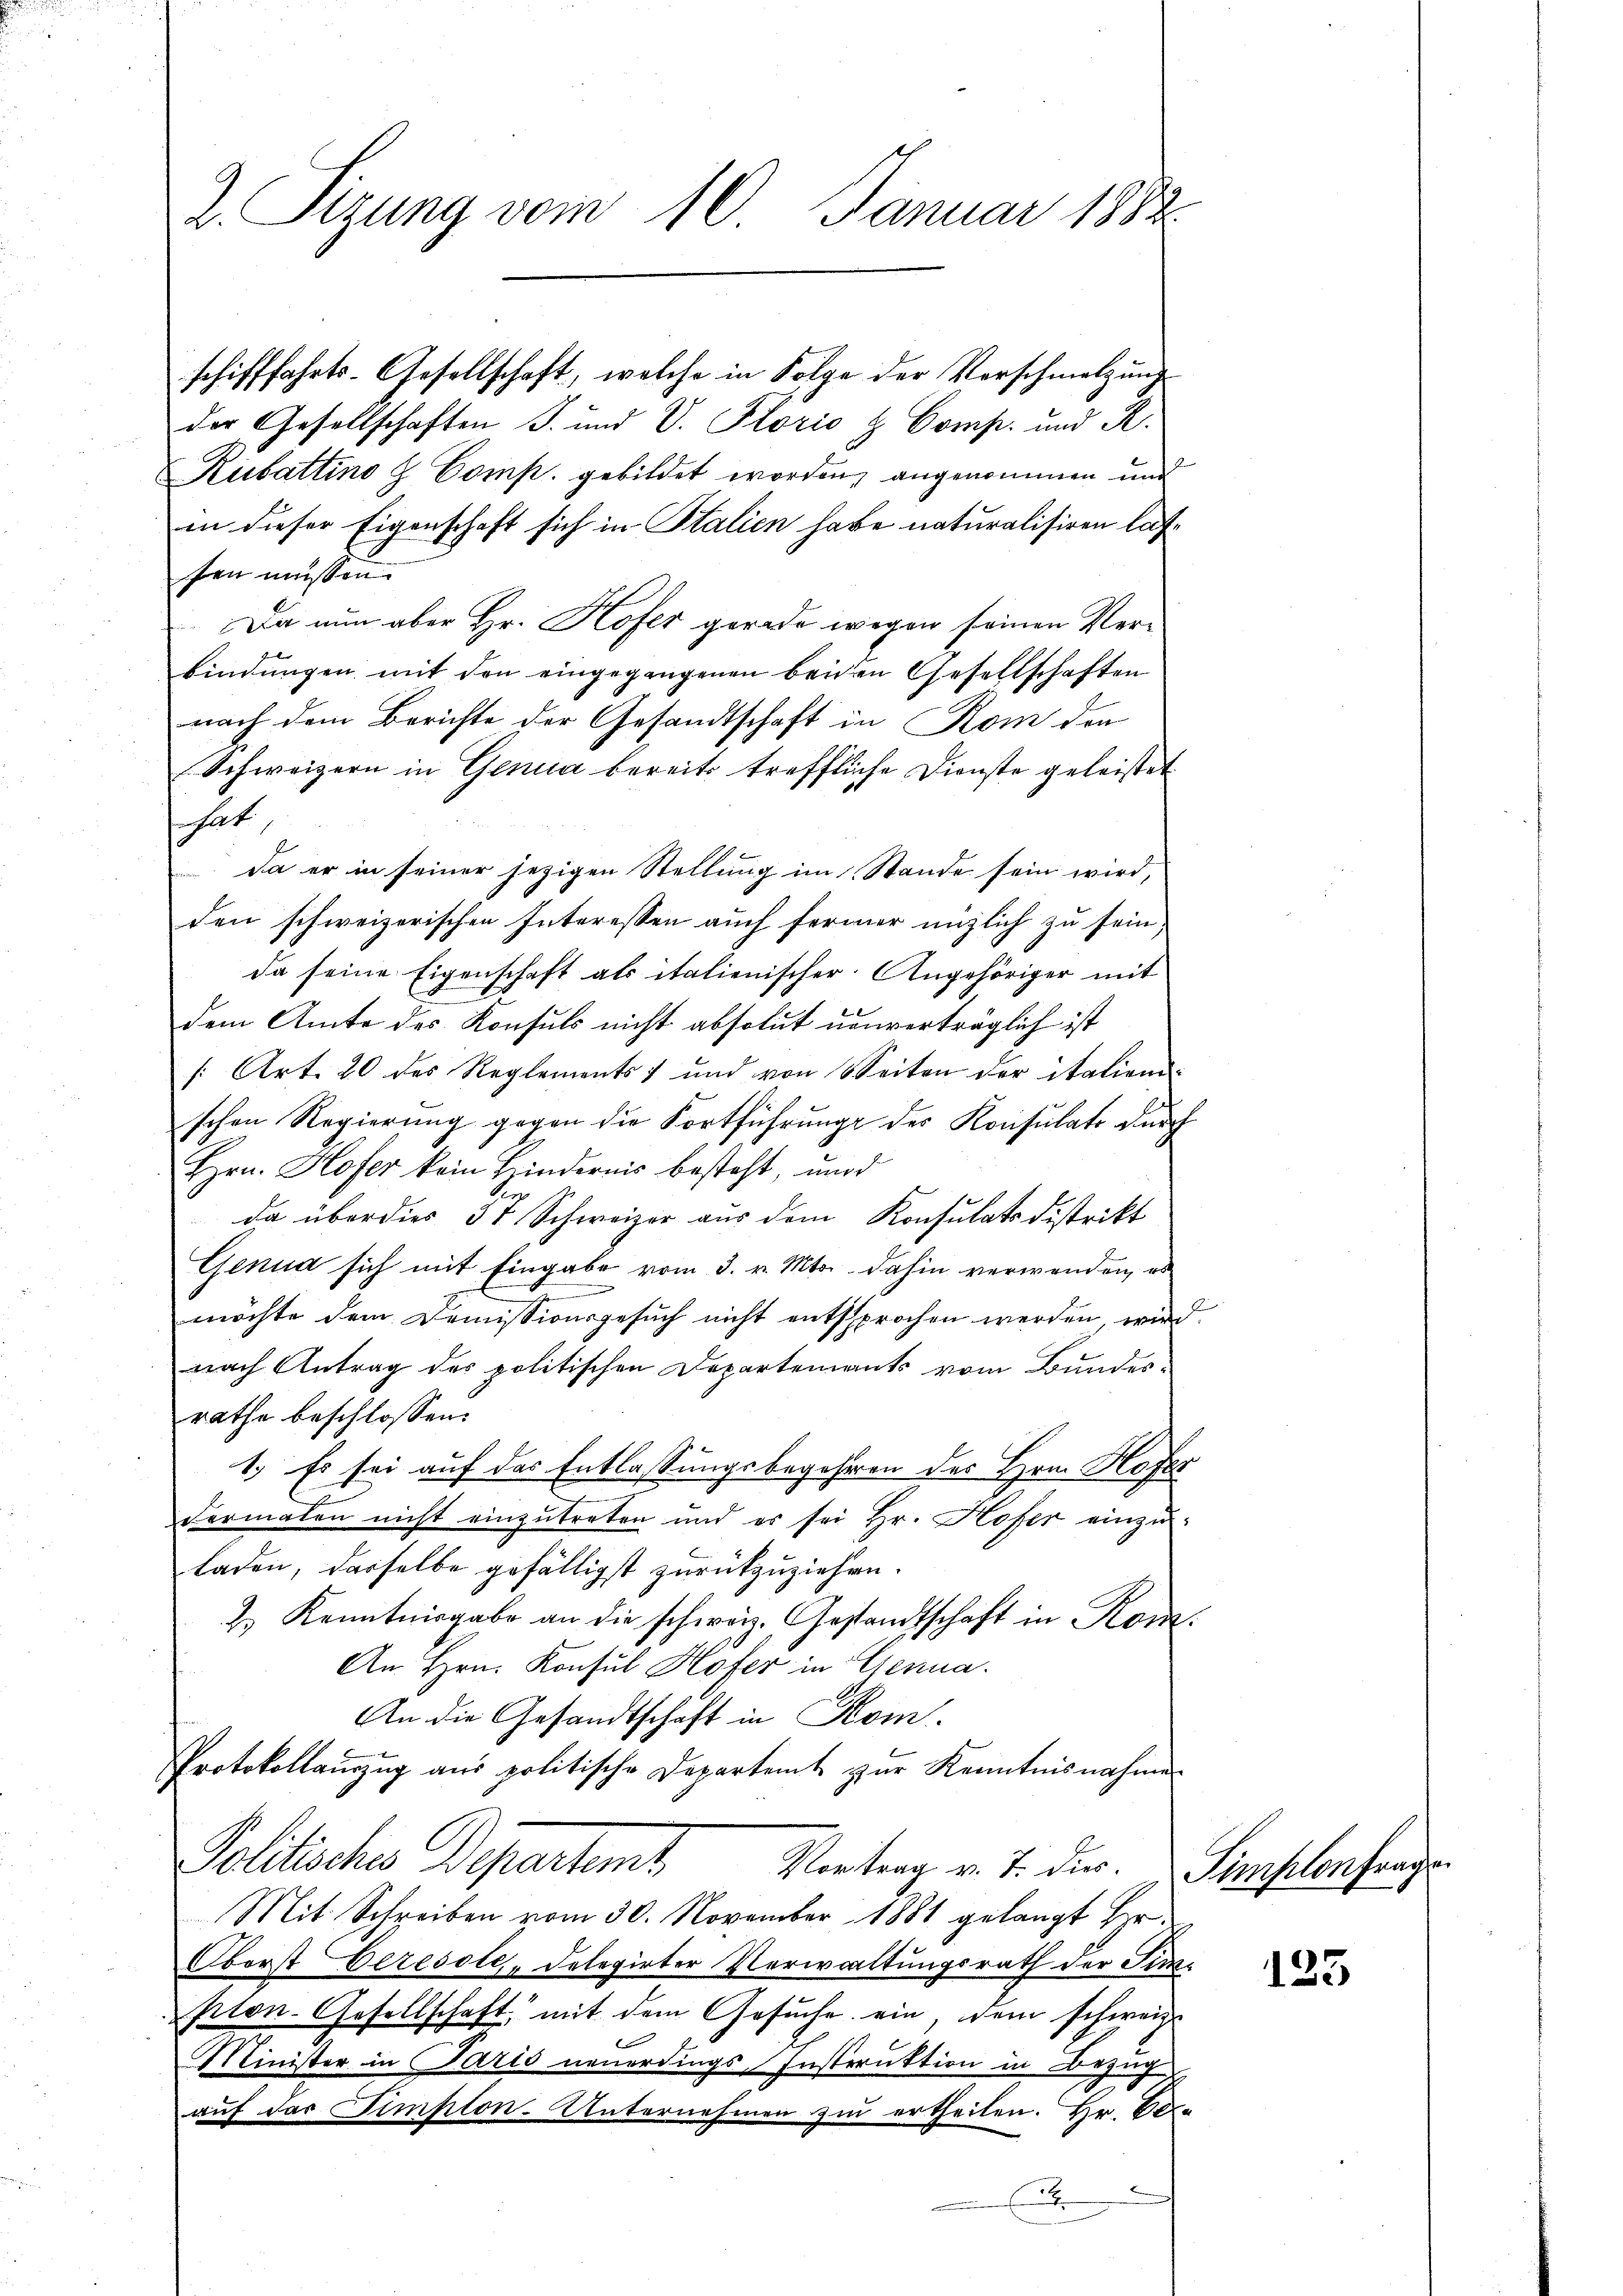
2. Sizung vom 10. Januar 1882

schifffahrts-Gesellschaft, welche in Folge der Vorschmelzung
der Gesellschaften J. und V. Florio & Comp. und R.
Rubattino & Comp. gebildet worden, angenommen und
in dieser Eigenschaft sich in Italien habe naturalisiren lasfen müssen.
Da nun aber Hr. Hofer gerade wegen seinen Verbindungen mit den eingegangenen beiden Gesellschaften
nach dem Berichte der Gesandtschaft in Rom den
Schweizern in Genua bereits treffliche Dienste geleistet
 hat
Da er in seiner jezigen Stellung im Stande sein wird,
den schweizerischen Interessen auch ferner unglich zu sein,
da seine Eigenschaft als italienischer Angehöriger mit
dem Amte des Konsuls nicht absolut unverträglich ist
[Art. 20 des Reglements und von Seiten der italiend
schen Regierung gegen die Fortführung des Konsulats durch
Hrn. Hofer kein Hindernis besteht, und
da über dies 57 Schweizer aus dem Konsulats Distrikt
Genua sich mit Eingabe vom 3. v. Mts. dahin verwenden, es
möchte dem Demissionsgesuch nicht entsprochen werden wird
nach Antrag der politischen Departements vom Bundesrathe beschlossen:
1.) Es sei auf das Entlassungsbegehren des Hrn. Hofer
Fermalen nicht einzutreten und es sei Hr. Hofer einzuladen, dasselbe gefälligst zurückzuziehen.
2.) Kenntnisgabe an die schweiz. Gestandtschaft in Kom¬
An Hrn. Konsul Hofer in Genua
An die Gesandtschaft in Kom
Protokollauszug aus politische Departeit zur Kenntnisnahme
Politische Departent
Vortrag v. J. dir. Simplon frage
Mit Schreiben vom 30. November 1881 gelangt Hr.
Oborst Geresole, Delegirter Verwaltungsrath der Sin¬
Peten-Gesellschaft mit dem Gesŭche ein, dem schweiz.
Minister in Paris neuerdings Instruktion in Bezug
auf der Simplon-Unternehmen zu ertheilen. Hr. Bo-
d

123